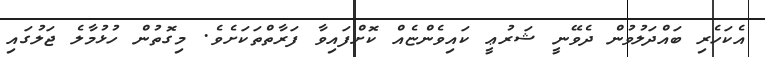
އެކަހެރި ބައްދަލުވުން ދެވޭނީ ޝަރުޢީ ކައިވެންޏެއް ކޮށްފައިވާ ފަރާތްތަކަށެވެ. މިގޮތުން ހުޅުމާލެ ޖަލުގައި